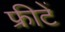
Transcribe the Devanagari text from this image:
फ्रीटें